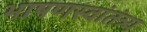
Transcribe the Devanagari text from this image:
भाषणस्वांतंत्र्य